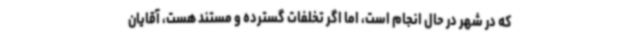
که در شهر در حال انجام است، اما اگر تخلفات گسترده و مستند هست، آقایان